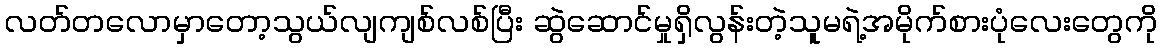
လတ်တလောမှာတော့သွယ်လျကျစ်လစ်ပြီး ဆွဲဆောင်မှုရှိလွန်းတဲ့သူမရဲ့အမိုက်စားပုံလေးတွေကို